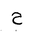
Letter: _ha